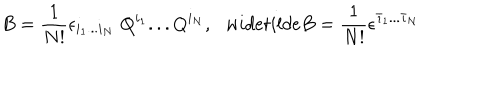
B = \frac 1 { N ! } \epsilon _ { i _ { 1 } . . . i _ { N } } \; Q ^ { i _ { 1 } } . . . Q ^ { i _ { N } } , \ \ \, w i d e t i l d e { B } = \frac 1 { N ! } \epsilon ^ { { \bar { \imath } } _ { 1 } . . . { \bar { \imath } } _ { N } } \;